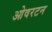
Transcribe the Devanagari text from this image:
ओवरटन